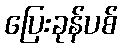
ပြေးခုန်ပစ်